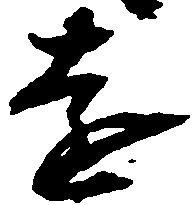
遠